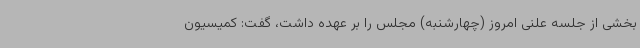
بخشی از جلسه علنی امروز (چهارشنبه) مجلس را بر عهده داشت، گفت: کمیسیون